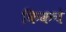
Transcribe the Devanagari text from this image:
किकचे